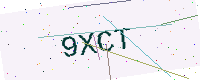
Text: 9XCT